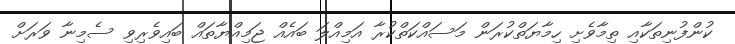
ކުންފުނިތަކާއި ތިމާވެށި ހިމާޔަތްކުރަން މަސައްކަތްކުރާ އަމިއްލަ ބައެއް ޖަމިއްޔާތައް ބައިވެރިވި ސެމިނާ ވަރަށް